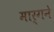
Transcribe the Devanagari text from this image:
मार्गने